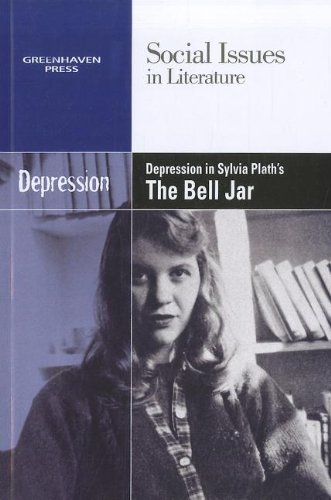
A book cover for Depression in Sylvia Plath's the Bell Jar (Social Issues in Literature); Dedria Bryfonski; Teen & Young Adult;